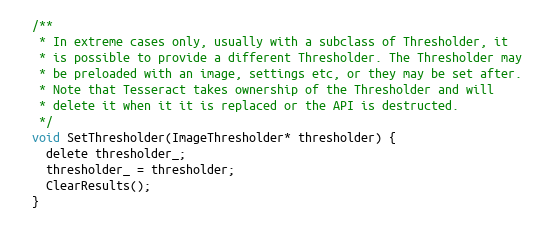
Language: C
  /**
   * In extreme cases only, usually with a subclass of Thresholder, it
   * is possible to provide a different Thresholder. The Thresholder may
   * be preloaded with an image, settings etc, or they may be set after.
   * Note that Tesseract takes ownership of the Thresholder and will
   * delete it when it it is replaced or the API is destructed.
   */
  void SetThresholder(ImageThresholder* thresholder) {
    delete thresholder_;
    thresholder_ = thresholder;
    ClearResults();
  }